Causation and prevention of malarial fevers: a statement of the results of researches drawn up for the use of assistant surgeons, hospital assistants and students
Disease focus: Malaria
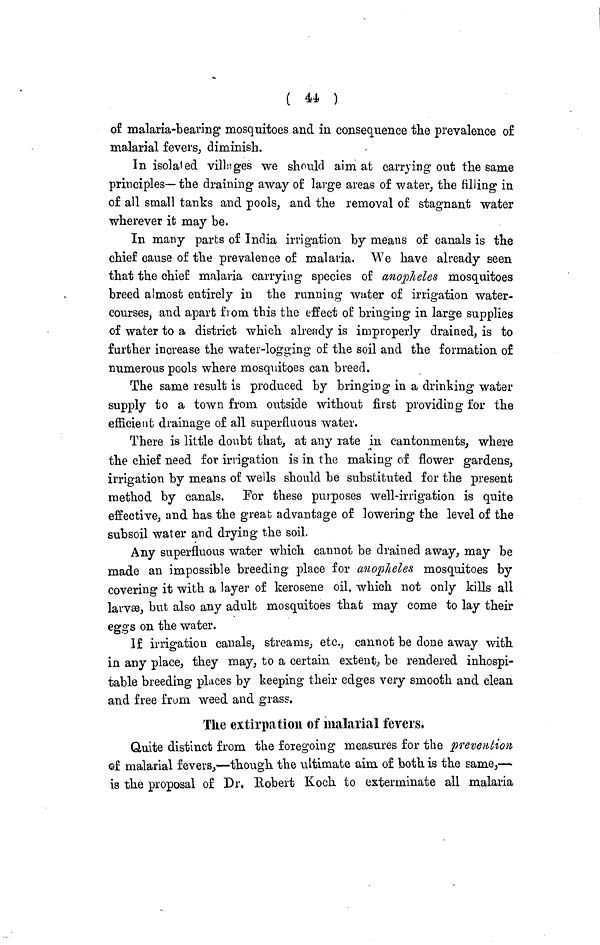
( 44 )
of malaria-bearing mosquitoes and in consequence the prevalence of
malarial fevers, diminish.
In isolated villages we should aim at carrying out the same
principles—the draining away of large areas of water, the filling in
of all small tanks and pools, and the removal of stagnant water
wherever it may be.
In many parts of India irrigation by means of canals is the
chief cause of the prevalence of malaria. We have already seen
that the chief malaria carrying species of anopheles mosquitoes
breed almost entirely in the running water of irrigation water-
courses, and apart from this the effect of bringing in large supplies
of water to a district which already is improperly drained, is to
farther increase the water-logging of the soil and the formation of
numerous pools where mosquitoes can breed.
The same result is produced by bringing in a drinking water
supply to a town from outside without first providing for the
efficient drainage of all superfluous water.
There is little doubt that, at any rate in cantonments, where
the chief need for irrigation is in the making of flower gardens,
irrigation by means of wells should be substituted for the present
method by canals. For these purposes well-irrigation is quite
effective, and has the great advantage of lowering the level of the
subsoil water and drying the soil.
Any superfluous water which cannot be drained away, may be
made an impossible breeding place for anopheles mosquitoes by
covering it with a layer of kerosene oil, which not only kills all
larvæ, but also any adult mosquitoes that may come to lay their
eggs on the water.
If irrigation canals, streams, etc., cannot be done away with
in any place, they may, to a certain extent, be rendered inhospi-
table breeding places by keeping their edges very smooth and clean
and free from weed and grass.
The extirpation of malarial fevers,
Quite distinct from the foregoing measures for the prevention
of malarial fevers,—though the ultimate aim, of both is the same,—
is the proposal of Dr. Robert Koch to exterminate all malaria